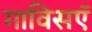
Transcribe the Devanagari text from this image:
गाविसऍ